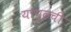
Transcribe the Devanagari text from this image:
यापुढची